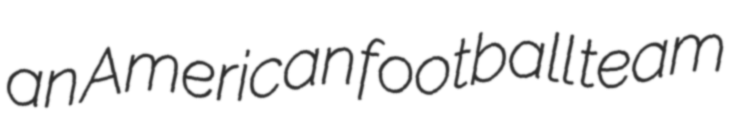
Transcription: an American football team